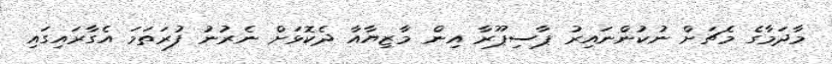
މާދަމާގެ މެޗަށް ނުކުންނައިރު ޕާސިޕޫރާ އިން މާޒިޔާއާ ދެކޮޅަށް ނެރުނު ފުރަތަމަ އެގާރައިގައި